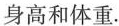
身高和体重.